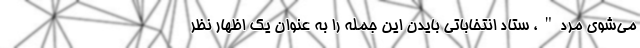
می‌شوی مرد"، ستاد انتخاباتی بایدن این جمله را به عنوان یک اظهار نظر